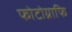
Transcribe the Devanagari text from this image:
फोटोग्राफि